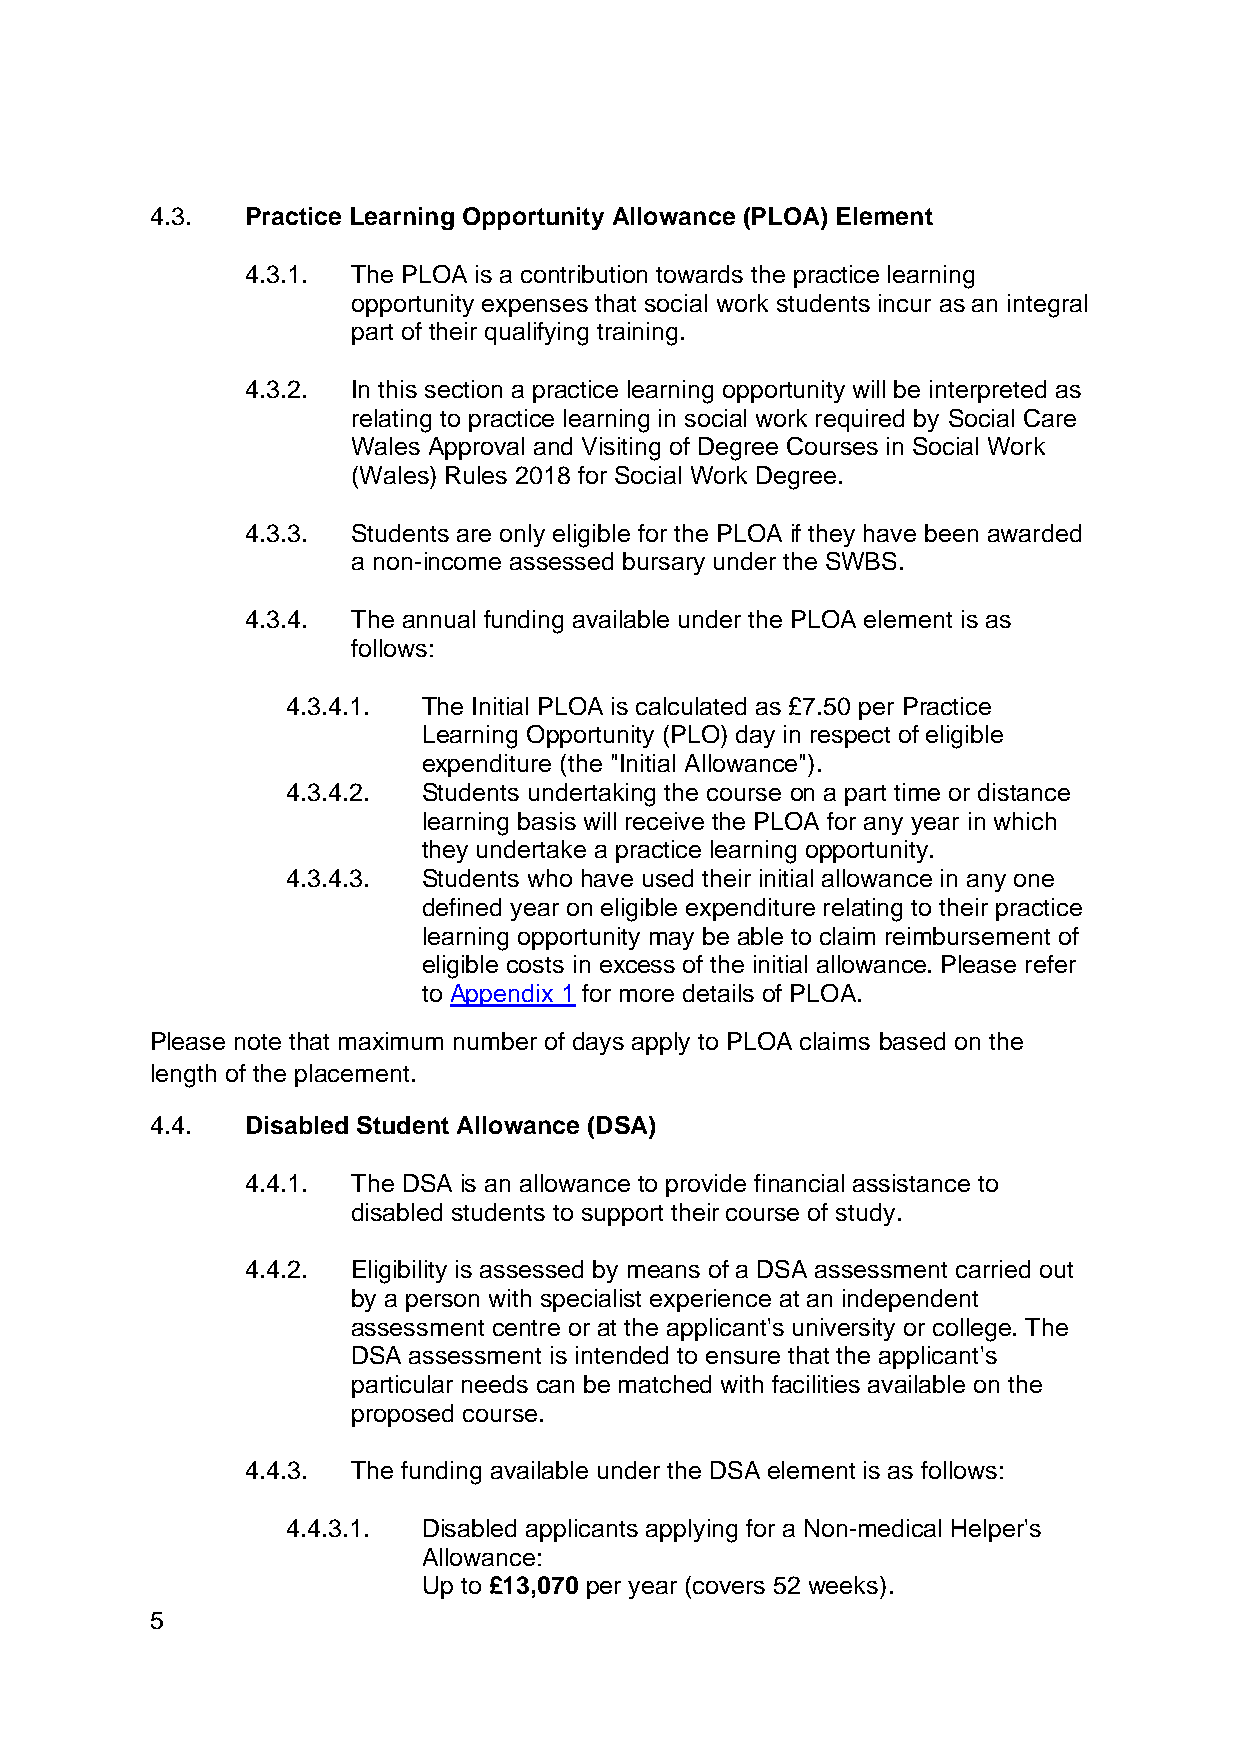
4.3.  Practice Learning Opportunity Allowance (PLOA) Element
 4.3.1. The PLOA is a contribution towards the practice learning
 opportunity expenses that social work students incur as an integral
 part of their qualifying training.
 4.3.2. In this section a practice learning opportunity will be interpreted as
 relating to practice learning in social work required by Social Care
 Wales Approval and Visiting of Degree Courses in Social Work
 (Wales) Rules 2018 for Social Work Degree.
 4.3.3. Students are only eligible for the PLOA if they have been awarded
 a non-income assessed bursary under the SWBS.
 4.3.4. The annual funding available under the PLOA element is as
 follows:
 4.3.4.1. The Initial PLOA is calculated as £7.50 per Practice
 Learning Opportunity (PLO) day in respect of eligible
 expenditure (the "Initial Allowance").
 4.3.4.2. Students undertaking the course on a part time or distance
 learning basis will receive the PLOA for any year in which
 they undertake a practice learning opportunity.
 4.3.4.3. Students who have used their initial allowance in any one
 defined year on eligible expenditure relating to their practice
 learning opportunity may be able to claim reimbursement of
 eligible costs in excess of the initial allowance. Please refer
 to Appendix 1 for more details of PLOA.
 Please note that maximum number of days apply to PLOA claims based on the
 length of the placement.
 4.4.  Disabled Student Allowance (DSA)
 4.4.1. The DSA is an allowance to provide financial assistance to
 disabled students to support their course of study.
 4.4.2. Eligibility is assessed by means of a DSA assessment carried out
 by a person with specialist experience at an independent
 assessment centre or at the applicant's university or college. The
 DSA assessment is intended to ensure that the applicant's
 particular needs can be matched with facilities available on the
 proposed course.
 4.4.3. The funding available under the DSA element is as follows:
 4.4.3.1. Disabled applicants applying for a Non-medical Helper's
 Allowance:
 Up to £13,070 per year (covers 52 weeks).
 5